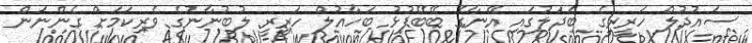
ސައުދުލް ހަރީރީގެ ބަދަލުގައި އޭނާގެ ބޭބޭފުޅު ބަހާއުލް ހަރީރީ ލުބުނާނުގެ ވެރިކަމަށް ގެންނަން